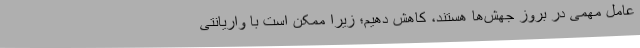
عامل مهمی در بروز جهش‌ها هستند، کاهش دهیم‌؛ زیرا ممکن است با واریانتی